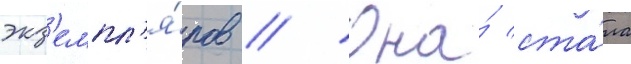
экз'емпл'я́ров // Она́ ста́ла